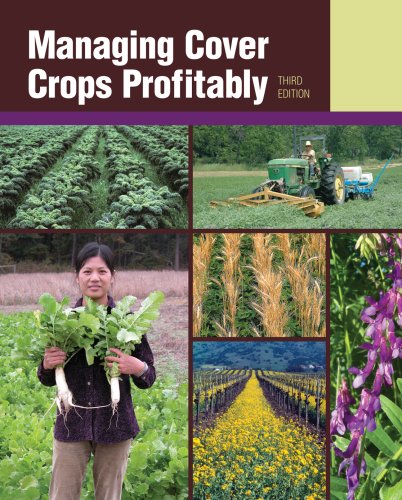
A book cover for Managing Cover Crops Profitably; SARE Outreach; Science & Math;